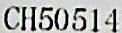
CH50514